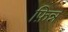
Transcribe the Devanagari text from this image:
फ़िन्न